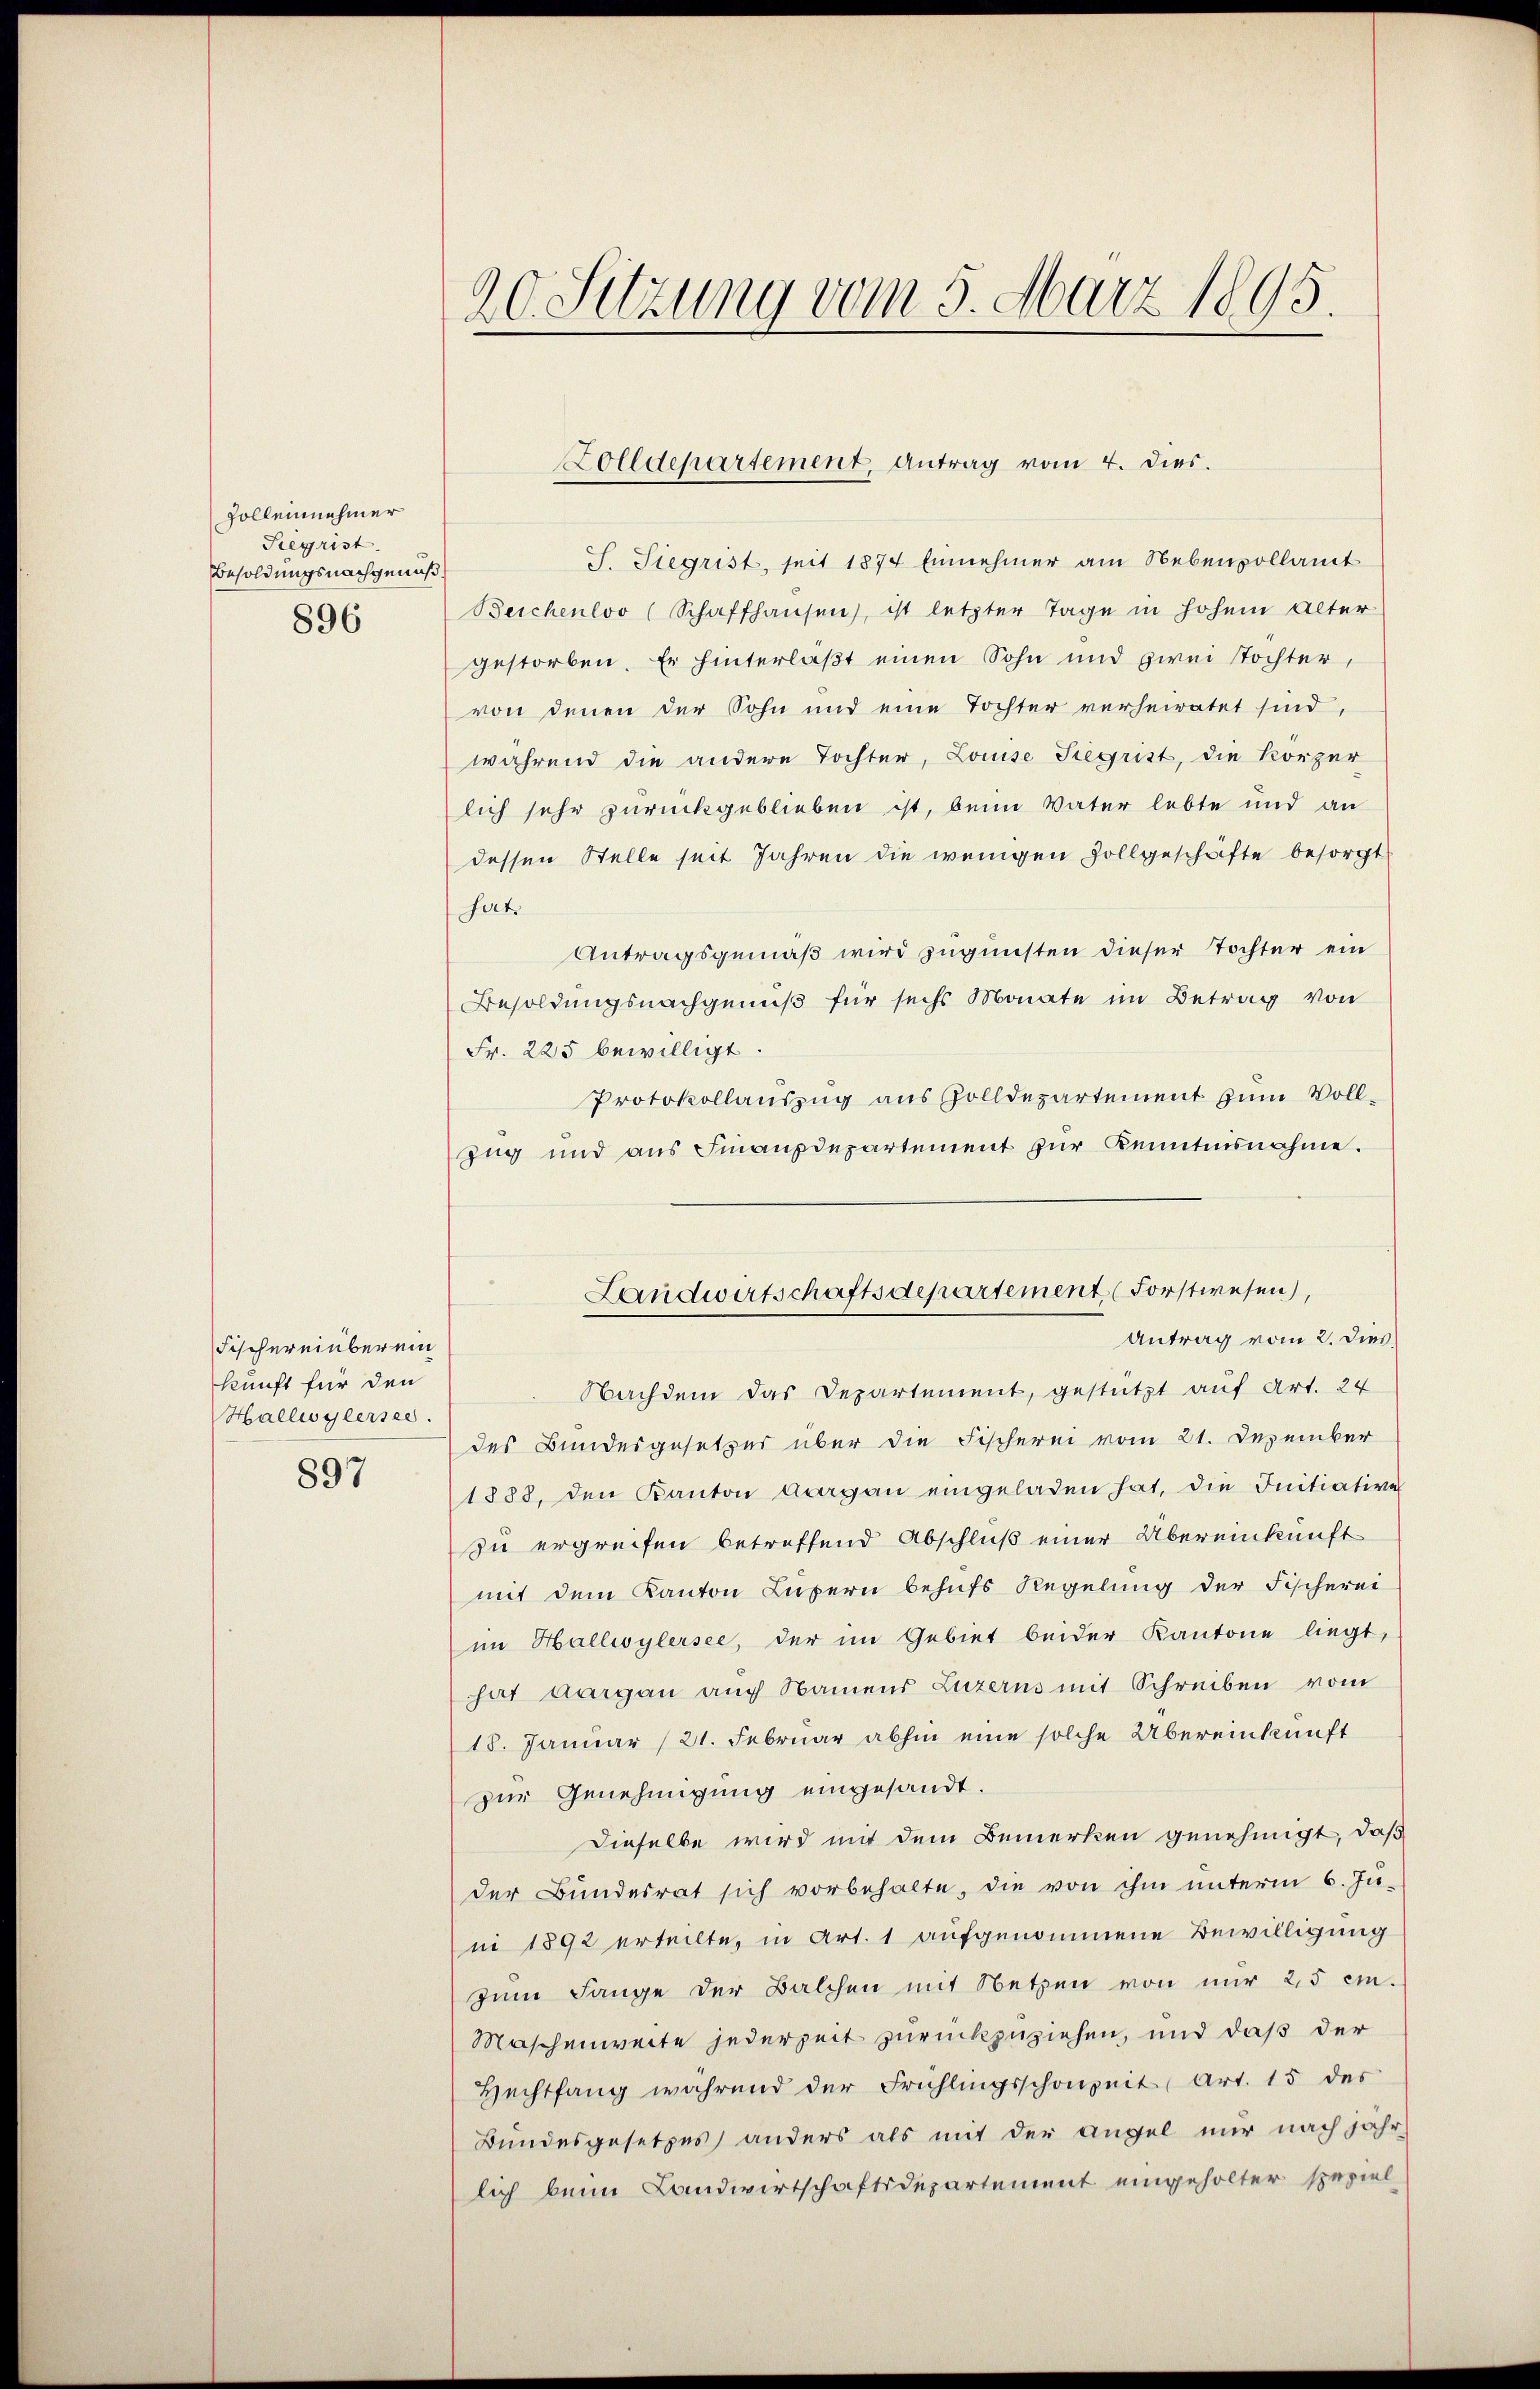
Zollennehmer
Regrist.
Besoldungsnachgemüs¬
896

Fischereinberein
kunft für den
Hallwylersee.

897

20. Sitzung vom 5. März 1895.

S. Siegrist, seit 1874 Einnehmer am Nebenpollamt
Beichenloo (Schaffhausen), ist letzter Tage in hohem Alter
gestorben. Er hinterlast einen Sohn und zwei Tochter,
von denen der Sohn und eine Tochter verheiratet sind.
während die andere Tochter, Louise Begrist, die Körper
lich sehr zurückgeblieben ist, beim Vater lebte und an
dessen Stelle seit Jahren die wenigen Zollgeschäfte besorgt
hat.
Antragsgemäß wird zugunsten dieser Tochter ein
Besoldungsnachgenuß für sechs Monate im Betrag von
Fr. 225 bewilligt.
Protokollauszug aus Zolldepartement zum Voll¬
Zug und aus Finanzdepartement zŭr Kenntnisnahme.
Nachdem das Departement, gestützt auf Art. 24
des Bundesgesetzes über die Fischerei vom 21. Dezember
1888, den Kanton Aargau eingeladen hat, die Initiative
zu ergreifen betreffend Abschluß einer Übereinkunft
mit dem Kanton Luzern behŭfs Regelung der Fischerei
im Hallwylersee, der im Gebiet beider Kantone liegt,
hat Aargau auch Namens Luzerns mit Schreiben vom
18. Januar (21. Februar abhin eine solche Übereinkunft
zur Genehmigung eingesandt.
Dieselbe wird mit dem Bemerken genehmigt, daß
der Bundesrat sich vorbehalte, die von ihm unterm 6. Ju-
ni 1892 erteilte, in Art. 1 aufgenommene Bewilligung
zum Lange der Balchen mit Netzen von nur 2,5 cm.
Maschenweite jederzeit zurückzuziehen, und daß der
Hechtfang während der Frühlingsschonzeit (Art. 15 des
Bundesgesetzes anders als mit der Angel nur nach jähr
lich beim Landwirtschaftsdepartement eingeholter speziel

Zolldepartement, Antrag vom 4. dies.

Landwirtschaftsdepartement (Forstwesen,
Antrag vom 2. dies